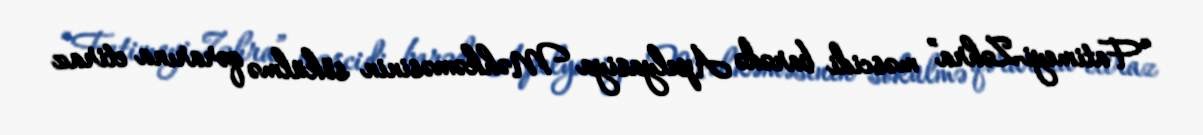
“Fatimeyi-Zəhra” məscidi barədə Apelyasiya Məhkəməsinin sökülmə qərarına etiraz